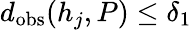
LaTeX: d_{\mathrm{obs}}(h_{j},P)\leq\delta_{1}